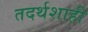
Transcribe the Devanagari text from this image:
तदर्थशाही